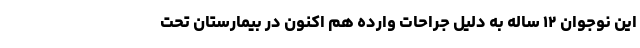
این نوجوان ۱۲ ساله به دلیل جراحات وارده هم اکنون در بیمارستان تحت